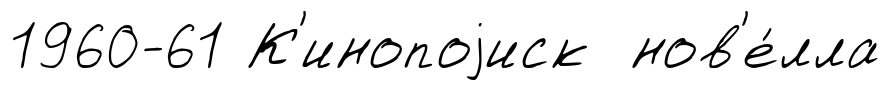
1960-61 К'инопоjиск нов'е́лла